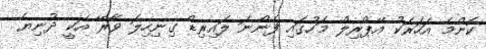
ކޮންމެ އަހަރަކު އޭޕްރިލް މަހުގައި ފެންނަ ލައިރިޑް ގިނިހިލަ ވާރޭ އަކީ ދުނިޔެ